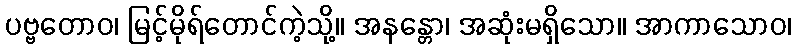
ပဗ္ဗတောဝ၊ မြင့်မိုရ်တောင်ကဲ့သို့။ အနန္တော၊ အဆုံးမရှိသော။ အာကာသောဝ၊